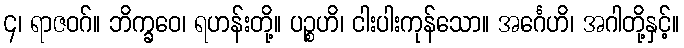
၄၊ ရာဇဝဂ်။ ဘိက္ခဝေ၊ ရဟန်းတို့။ ပဉ္စဟိ၊ ငါးပါးကုန်သော။ အင်္ဂေဟိ၊ အဂါတို့နှင့်။